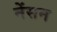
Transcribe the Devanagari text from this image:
नेंसन